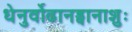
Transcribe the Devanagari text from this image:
धेनुर्वोढानड्वानाशुः